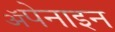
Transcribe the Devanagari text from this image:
ॲपेनाइन